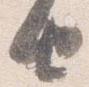
由